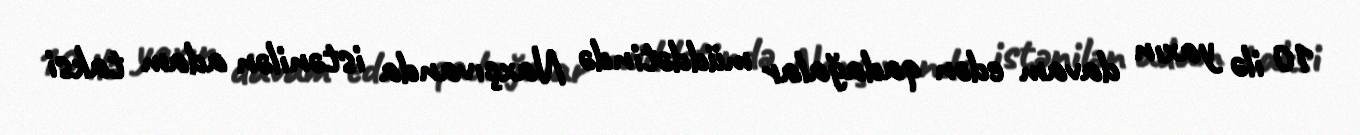
10 ilə yaxın davam edən qadağalar müddətində Naxçıvanda istənilən adam taksi